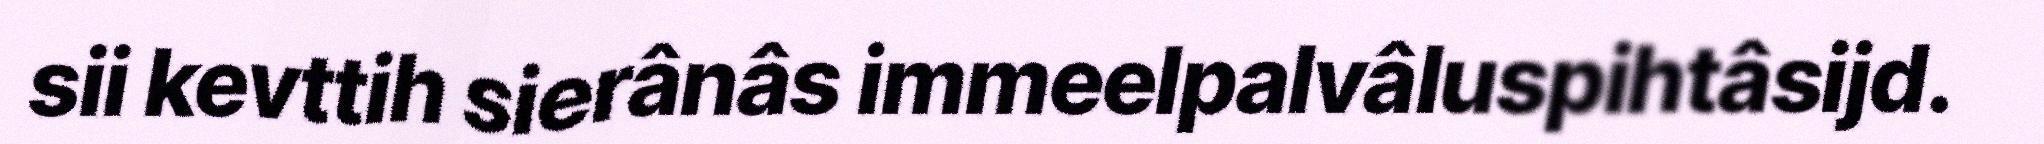
sii kevttih sierânâs immeelpalvâluspihtâsijd.